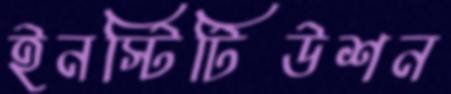
ইনস্টিটিউশন